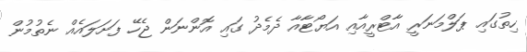
ހިތުގައި ޕަލްމަނަރީ އާޓްރީއާއި އަޔޯޓާއާ ދެމެދު ގައި އޮންނަން ޖެހޭ ފަށަލައެއް ނެތުމުން